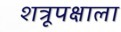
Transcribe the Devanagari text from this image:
शत्रूपक्षाला